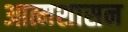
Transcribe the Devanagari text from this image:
आत्मशासन